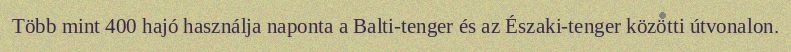
Több mint 400 hajó használja naponta a Balti-tenger és az Északi-tenger közötti útvonalon.